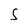
Character: S